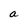
Character: a